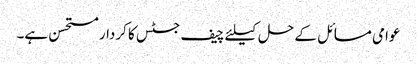
عوامی مسائل کے حل کیلئے چیف جسٹس کا کردار مستحسن ہے۔